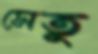
সেতু